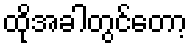
ထိုအခါတွင်တော့